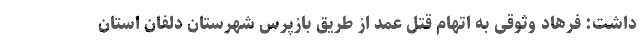
داشت: فرهاد وثوقی به اتهام قتل عمد از طریق بازپرس شهرستان دلفان استان